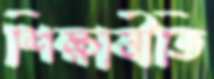
শিক্ষানীতি